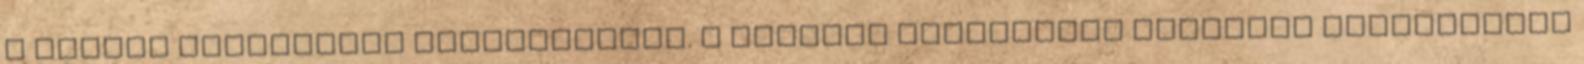
a temető felújítása befejeződött. A projekt elbírálása jelenleg folyamatban